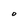
Character: O